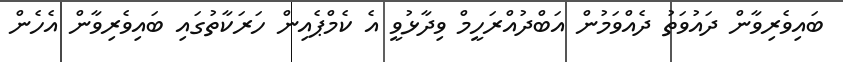
ބައިވެރިވާން ދައުވަތު ދެއްވަމުން އަބްދުއްރަހީމް ވިދާޅުވީ އެ ކެމްޕެއިން ހަަރަކާތުގައި ބައިވެރިވާން އެހެން